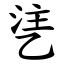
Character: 乼